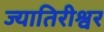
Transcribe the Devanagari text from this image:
ज्यातिरीश्वर